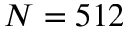
N = 5 1 2